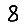
Digit: 8